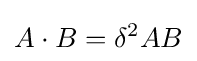
A\cdot B=\delta ^{2}AB